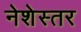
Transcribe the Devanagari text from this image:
नेशेस्तर